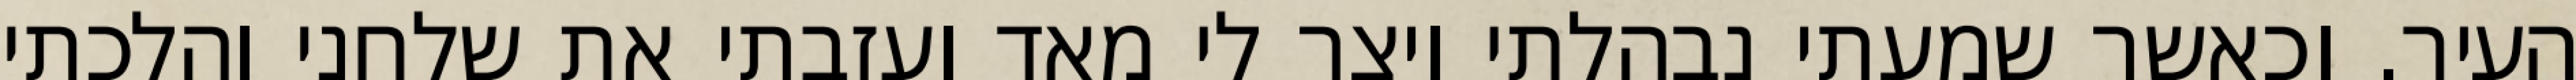
העיר. וכאשר שמעתי נבהלתי ויצר לי מאד ועזבתי את שלחני והלכתי